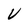
Character: V